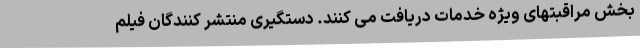
بخش مراقبتهای ویژه خدمات دریافت می کنند. دستگیری منتشر کنندگان فیلم